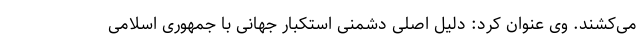
می‌کشند. وی عنوان کرد: دلیل اصلی دشمنی استکبار جهانی با جمهوری اسلامی